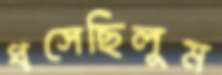
ধসেছিলুম